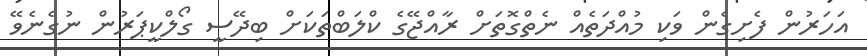
އަހަރުން ފެށިގެން ވަކި މުއްދަތެއް ނެތްގޮތަށް ރާއްޖޭގެ ކްލަބްތަކަށް ބިދޭސީ ގޯލްކީޕަރުން ނުގެނެވޭ